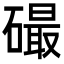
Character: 𥕸